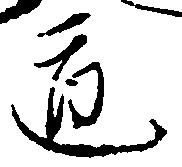
道